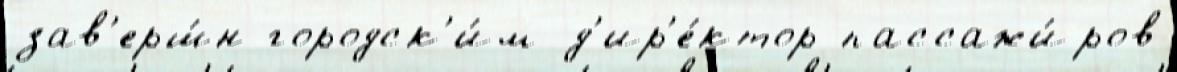
зав'ерш́н городск'и́м д'ир'е́ктор пассажи́ров